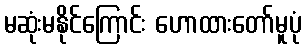
မဆုံးမနိုင်ကြောင်း ဟောထားတော်မူပုံ